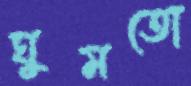
ঘুমতো